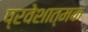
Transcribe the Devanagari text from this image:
प्रवेशात्मक